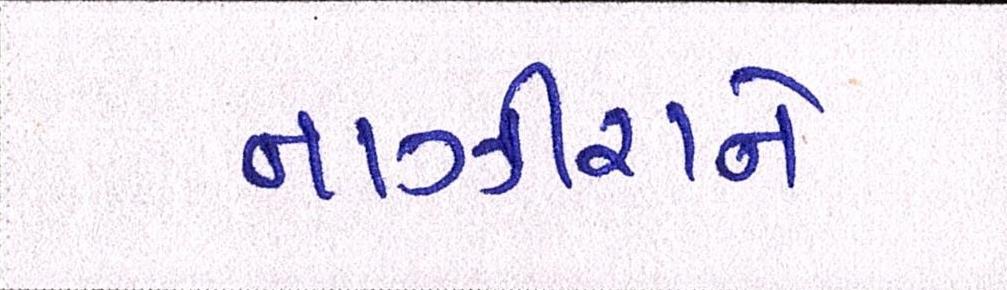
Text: નાઝીરાને